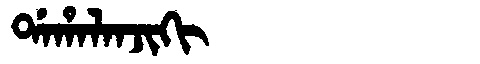
Manchu: ᡩᠠᡥᠠᠯᠠᠨᠵᡳᡴᡳ
Romanization: DAHALANJIKI